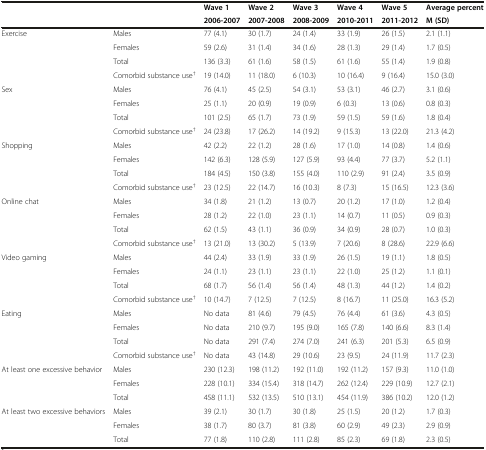
<table><thead><tr><td rowspan="2" colspan="2"></td><td><b>Wave 1</b></td><td><b>Wave 2</b></td><td><b>Wave 3</b></td><td><b>Wave 4</b></td><td><b>Wave 5</b></td><td><b>Average percent</b></td></tr><tr><td><b>2006-2007</b></td><td><b>2007-2008</b></td><td><b>2008-2009</b></td><td><b>2010-2011</b></td><td><b>2011-2012</b></td><td><b>M (SD)</b></td></tr></thead><tbody><tr><td rowspan="4">Exercise</td><td>Males</td><td>77 (4.1)</td><td>30 (1.7)</td><td>24 (1.4)</td><td>33 (1.9)</td><td>26 (1.5)</td><td>2.1 (1.1)</td></tr><tr><td>Females</td><td>59 (2.6)</td><td>31 (1.4)</td><td>34 (1.6)</td><td>28 (1.3)</td><td>29 (1.4)</td><td>1.7 (0.5)</td></tr><tr><td>Total</td><td>136 (3.3)</td><td>61 (1.6)</td><td>58 (1.5)</td><td>61 (1.6)</td><td>55 (1.4)</td><td>1.9 (0.8)</td></tr><tr><td>Comorbid substance use<sup>†</sup></td><td>19 (14.0)</td><td>11 (18.0)</td><td>6 (10.3)</td><td>10 (16.4)</td><td>9 (16.4)</td><td>15.0 (3.0)</td></tr><tr><td rowspan="4">Sex</td><td>Males</td><td>76 (4.1)</td><td>45 (2.5)</td><td>54 (3.1)</td><td>53 (3.1)</td><td>46 (2.7)</td><td>3.1 (0.6)</td></tr><tr><td>Females</td><td>25 (1.1)</td><td>20 (0.9)</td><td>19 (0.9)</td><td>6 (0.3)</td><td>13 (0.6)</td><td>0.8 (0.3)</td></tr><tr><td>Total</td><td>101 (2.5)</td><td>65 (1.7)</td><td>73 (1.9)</td><td>59 (1.5)</td><td>59 (1.6)</td><td>1.8 (0.4)</td></tr><tr><td>Comorbid substance use<sup>†</sup></td><td>24 (23.8)</td><td>17 (26.2)</td><td>14 (19.2)</td><td>9 (15.3)</td><td>13 (22.0)</td><td>21.3 (4.2)</td></tr><tr><td rowspan="4">Shopping</td><td>Males</td><td>42 (2.2)</td><td>22 (1.2)</td><td>28 (1.6)</td><td>17 (1.0)</td><td>14 (0.8)</td><td>1.4 (0.6)</td></tr><tr><td>Females</td><td>142 (6.3)</td><td>128 (5.9)</td><td>127 (5.9)</td><td>93 (4.4)</td><td>77 (3.7)</td><td>5.2 (1.1)</td></tr><tr><td>Total</td><td>184 (4.5)</td><td>150 (3.8)</td><td>155 (4.0)</td><td>110 (2.9)</td><td>91 (2.4)</td><td>3.5 (0.9)</td></tr><tr><td>Comorbid substance use<sup>†</sup></td><td>23 (12.5)</td><td>22 (14.7)</td><td>16 (10.3)</td><td>8 (7.3)</td><td>15 (16.5)</td><td>12.3 (3.6)</td></tr><tr><td rowspan="4">Online chat</td><td>Males</td><td>34 (1.8)</td><td>21 (1.2)</td><td>13 (0.7)</td><td>20 (1.2)</td><td>17 (1.0)</td><td>1.2 (0.4)</td></tr><tr><td>Females</td><td>28 (1.2)</td><td>22 (1.0)</td><td>23 (1.1)</td><td>14 (0.7)</td><td>11 (0.5)</td><td>0.9 (0.3)</td></tr><tr><td>Total</td><td>62 (1.5)</td><td>43 (1.1)</td><td>36 (0.9)</td><td>34 (0.9)</td><td>28 (0.7)</td><td>1.0 (0.3)</td></tr><tr><td>Comorbid substance use<sup>†</sup></td><td>13 (21.0)</td><td>13 (30.2)</td><td>5 (13.9)</td><td>7 (20.6)</td><td>8 (28.6)</td><td>22.9 (6.6)</td></tr><tr><td rowspan="4">Video gaming</td><td>Males</td><td>44 (2.4)</td><td>33 (1.9)</td><td>33 (1.9)</td><td>26 (1.5)</td><td>19 (1.1)</td><td>1.8 (0.5)</td></tr><tr><td>Females</td><td>24 (1.1)</td><td>23 (1.1)</td><td>23 (1.1)</td><td>22 (1.0)</td><td>25 (1.2)</td><td>1.1 (0.1)</td></tr><tr><td>Total</td><td>68 (1.7)</td><td>56 (1.4)</td><td>56 (1.4)</td><td>48 (1.3)</td><td>44 (1.2)</td><td>1.4 (0.2)</td></tr><tr><td>Comorbid substance use<sup>†</sup></td><td>10 (14.7)</td><td>7 (12.5)</td><td>7 (12.5)</td><td>8 (16.7)</td><td>11 (25.0)</td><td>16.3 (5.2)</td></tr><tr><td rowspan="4">Eating</td><td>Males</td><td>No data</td><td>81 (4.6)</td><td>79 (4.5)</td><td>76 (4.4)</td><td>61 (3.6)</td><td>4.3 (0.5)</td></tr><tr><td>Females</td><td>No data</td><td>210 (9.7)</td><td>195 (9.0)</td><td>165 (7.8)</td><td>140 (6.6)</td><td>8.3 (1.4)</td></tr><tr><td>Total</td><td>No data</td><td>291 (7.4)</td><td>274 (7.0)</td><td>241 (6.3)</td><td>201 (5.3)</td><td>6.5 (0.9)</td></tr><tr><td>Comorbid substance use<sup>†</sup></td><td>No data</td><td>43 (14.8)</td><td>29 (10.6)</td><td>23 (9.5)</td><td>24 (11.9)</td><td>11.7 (2.3)</td></tr><tr><td rowspan="3">At least one excessive behavior</td><td>Males</td><td>230 (12.3)</td><td>198 (11.2)</td><td>192 (11.0)</td><td>192 (11.2)</td><td>157 (9.3)</td><td>11.0 (1.0)</td></tr><tr><td>Females</td><td>228 (10.1)</td><td>334 (15.4)</td><td>318 (14.7)</td><td>262 (12.4)</td><td>229 (10.9)</td><td>12.7 (2.1)</td></tr><tr><td>Total</td><td>458 (11.1)</td><td>532 (13.5)</td><td>510 (13.1)</td><td>454 (11.9)</td><td>386 (10.2)</td><td>12.0 (1.2)</td></tr><tr><td rowspan="3">At least two excessive behaviors</td><td>Males</td><td>39 (2.1)</td><td>30 (1.7)</td><td>30 (1.8)</td><td>25 (1.5)</td><td>20 (1.2)</td><td>1.7 (0.3)</td></tr><tr><td>Females</td><td>38 (1.7)</td><td>80 (3.7)</td><td>81 (3.8)</td><td>60 (2.9)</td><td>49 (2.3)</td><td>2.9 (0.9)</td></tr><tr><td>Total</td><td>77 (1.8)</td><td>110 (2.8)</td><td>111 (2.8)</td><td>85 (2.3)</td><td>69 (1.8)</td><td>2.3 (0.5)</td></tr></tbody></table>